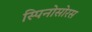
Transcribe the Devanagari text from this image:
स्‍पिनोसोरस